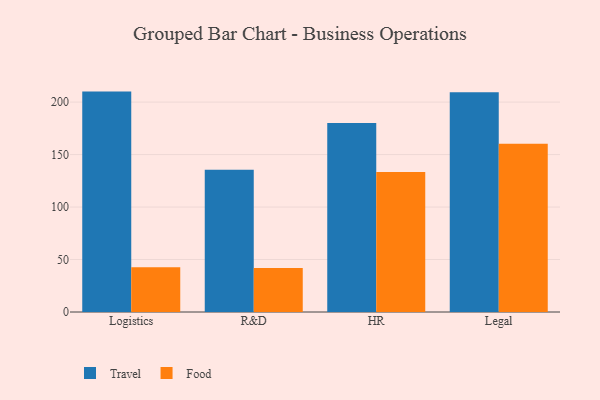
{"axis": {"x": "Department", "y": "Market Share (%)"}, "legend": ["Food", "Travel"], "data": [{"x": "Logistics", "y": 210.0, "type": "Travel"}, {"x": "Logistics", "y": 42.7, "type": "Food"}, {"x": "R&D", "y": 135.6, "type": "Travel"}, {"x": "R&D", "y": 41.9, "type": "Food"}, {"x": "HR", "y": 180.2, "type": "Travel"}, {"x": "HR", "y": 133.5, "type": "Food"}, {"x": "Legal", "y": 209.3, "type": "Travel"}, {"x": "Legal", "y": 160.2, "type": "Food"}]}